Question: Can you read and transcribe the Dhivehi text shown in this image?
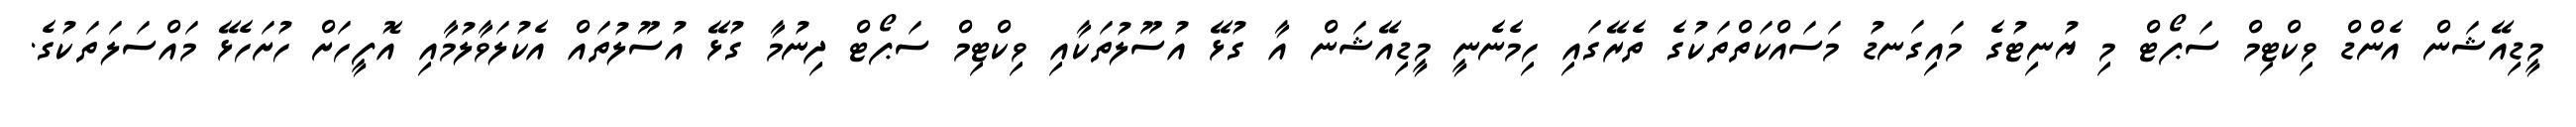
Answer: މީޑިއޭޝަން އެންޑް ވިކްޓިމް ސަޕޯޓް މި ޔުނިޓުގެ މައިގަނޑު މަސައްކަތްތަކުގެ ތެރޭގައި ހިމެނެނީ މީޑިއޭޝަން އާ ގުޅޭ އުސޫލުތަކާއި ވިކްޓިމް ސަޕޯޓް ދިނުމާ ގުޅޭ އުސޫލުތައް އެކުލަވާލުމާއި އޮފީހަށް ހުށަހެޅޭ މައްސަލަތަކުގެ.